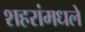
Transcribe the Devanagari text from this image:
शहरांमधले